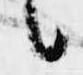
候